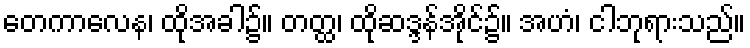
တေကာလေန၊ ထိုအခါ၌။ တတ္ထ၊ ထိုဆဒ္ဒန်အိုင်၌။ အဟံ၊ ငါဘုရားသည်။